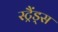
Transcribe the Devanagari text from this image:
स्ट्रैंड्स